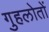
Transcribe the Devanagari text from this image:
गुहलोतों